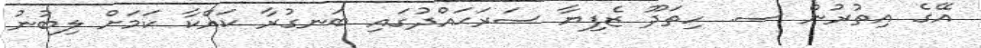
އޭގެ އިތުރުން ސ. ހިތަދޫ ޒެފިޔާ ސަރަޙައްދުގައި ބަނގުރާ ކައްކާ ކަމަށް ލިބުނު